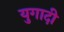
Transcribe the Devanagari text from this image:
युगादी